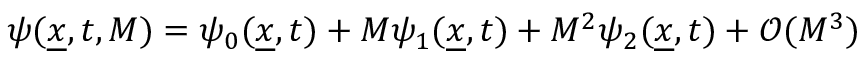
\psi ( \underline { { x } } , t , M ) = \psi _ { 0 } ( \underline { { x } } , t ) + M \psi _ { 1 } ( \underline { { x } } , t ) + M ^ { 2 } \psi _ { 2 } ( \underline { { x } } , t ) + \mathcal { O } ( M ^ { 3 } )